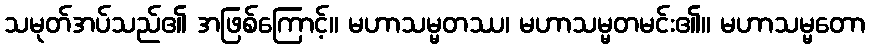
သမုတ်အပ်သည်၏ အဖြစ်ကြောင့်။ မဟာသမ္မတဿ၊ မဟာသမ္မတမင်း၏။ မဟာသမ္မတော